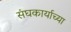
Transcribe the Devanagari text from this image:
संघकार्याच्या